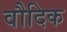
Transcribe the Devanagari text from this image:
वौदिक